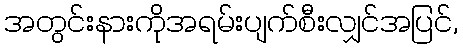
အတွင်းနားကိုအရမ်းပျက်စီးလျှင်အပြင်,